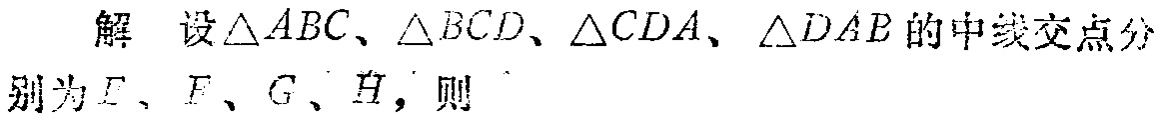
解 设$\triangle ABC$、$\triangle BCD$、$\triangle CDA$、$\triangle DAB$的中线交点分别为$E$、$F$、$G$、$H$，则